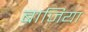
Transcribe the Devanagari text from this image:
बाजिया